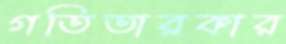
গতিতারকার